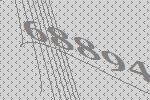
68894